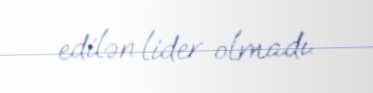
edilən lider olmadı.